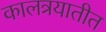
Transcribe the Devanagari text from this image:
कालत्रयातीत